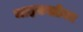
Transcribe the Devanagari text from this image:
माइकओवर